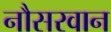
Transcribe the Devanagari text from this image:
नौसरवान